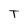
Character: T